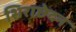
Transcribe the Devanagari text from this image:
शिराछेदन